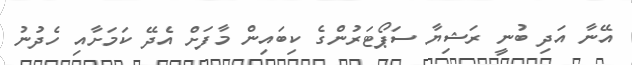
އޭނާ އަދި ބުނީ ރަޝިޔާ ސަޕޯޓަރުންގެ ކިބައިން މާފަށް އެދޭ ކަމަށާއި ހެދުނު